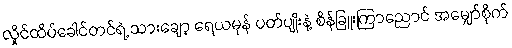
လှိုင်ထိပ်ခေါင်တင်ရဲ့ သားချော့ ရေယမုန် ပတ်ပျိုးနဲ့ စိန်ခြူးကြာညောင် အမျှော်စိုက်